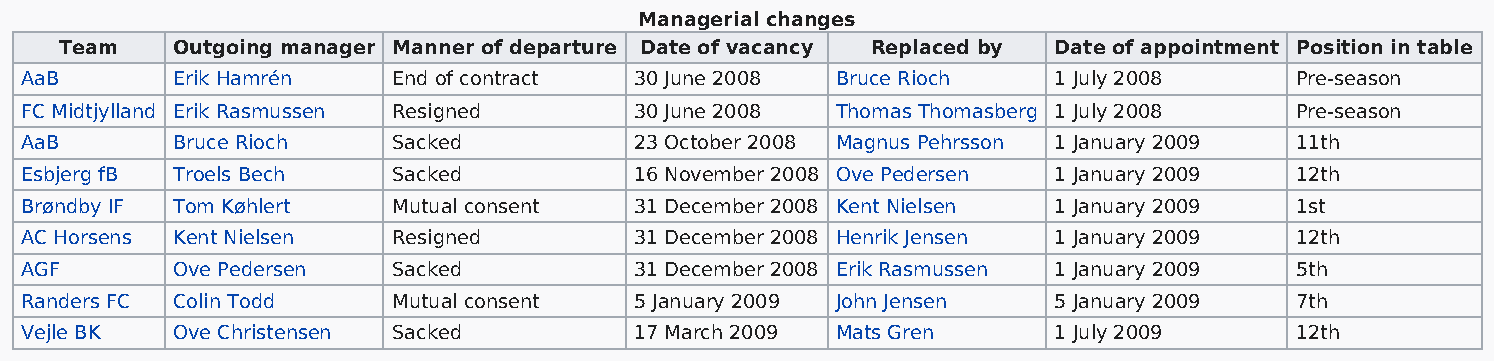
Managerial changes
 Team   Outgoing manager Manner of departure Date of vacancy Replaced by Date of appointment Position in table
 AaB       Erik Hamrén    End of contract 30 June 2008 Bruce Rioch    1 July 2008     Pre-season
 FC Midtjylland Erik Rasmussen Resigned   30 June 2008 Thomas Thomasberg 1 July 2008  Pre-season
 AaB       Bruce Rioch    Sacked          23 October 2008 Magnus Pehrsson 1 January 2009 11th
 Esbjerg fB Troels Bech   Sacked          16 November 2008 Ove Pedersen 1 January 2009 12th
 Brøndby IF Tom Køhlert   Mutual consent  31 December 2008 Kent Nielsen 1 January 2009 1st
 AC Horsens Kent Nielsen  Resigned        31 December 2008 Henrik Jensen 1 January 2009 12th
 AGF       Ove Pedersen   Sacked          31 December 2008 Erik Rasmussen 1 January 2009 5th
 Randers FC Colin Todd    Mutual consent  5 January 2009 John Jensen  5 January 2009  7th
 Vejle BK  Ove Christensen Sacked         17 March 2009 Mats Gren     1 July 2009     12th